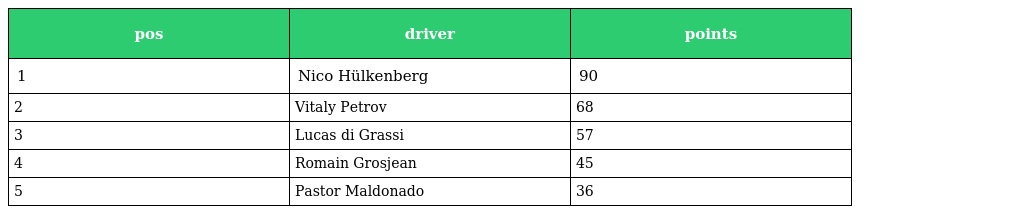
| pos | driver | points |
 | --- | --- | --- |
 | 1 | Nico Hülkenberg | 90 |
 | 2 | Vitaly Petrov | 68 |
 | 3 | Lucas di Grassi | 57 |
 | 4 | Romain Grosjean | 45 |
 | 5 | Pastor Maldonado | 36 |